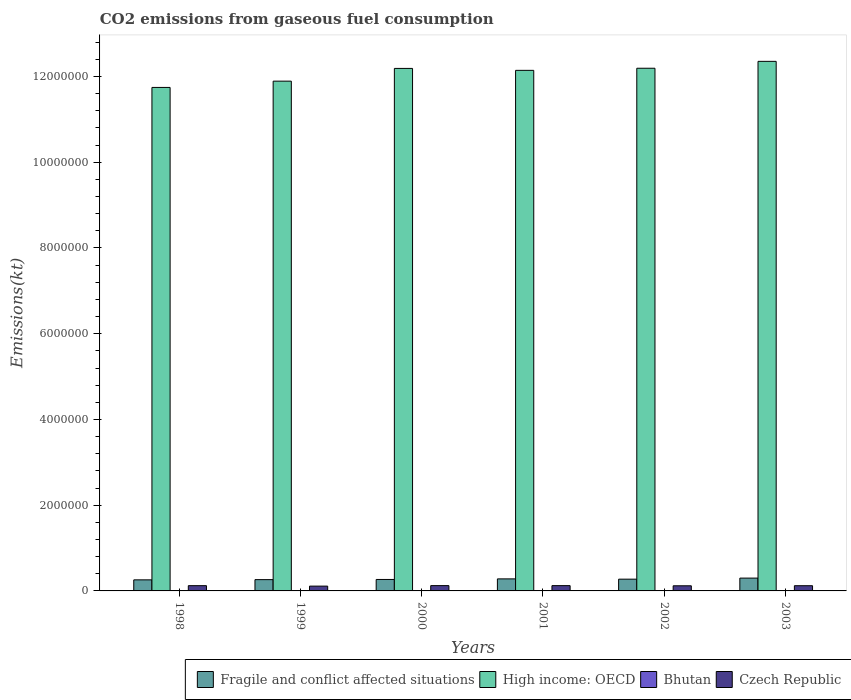
| Years | Fragile and conflict affected situations | High income: OECD | Bhutan | Czech Republic |
 | --- | --- | --- | --- | --- |
 | 1998 | 2.58e+05 | 1.17e+07 | 385 | 1.22e+05 |
 | 1999 | 2.63e+05 | 1.19e+07 | 385 | 1.12e+05 |
 | 2000 | 2.67e+05 | 1.22e+07 | 400 | 1.24e+05 |
 | 2001 | 2.81e+05 | 1.21e+07 | 389 | 1.24e+05 |
 | 2002 | 2.74e+05 | 1.22e+07 | 418 | 1.2e+05 |
 | 2003 | 2.99e+05 | 1.24e+07 | 378 | 1.22e+05 |